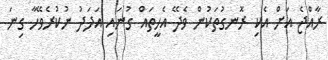
ރާއްޖެ އަށް އެކި ރޮނގުތަކުން ވެދޭ އެހީތައް ގުނައި އަދަދު ނުކުރެވޭހާ ގިނަ